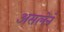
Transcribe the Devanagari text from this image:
असलेने